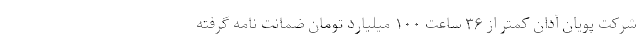
شرکت پویان آدان کمتر از ۳۶ ساعت ۱۰۰ میلیارد تومان ضمانت نامه گرفته